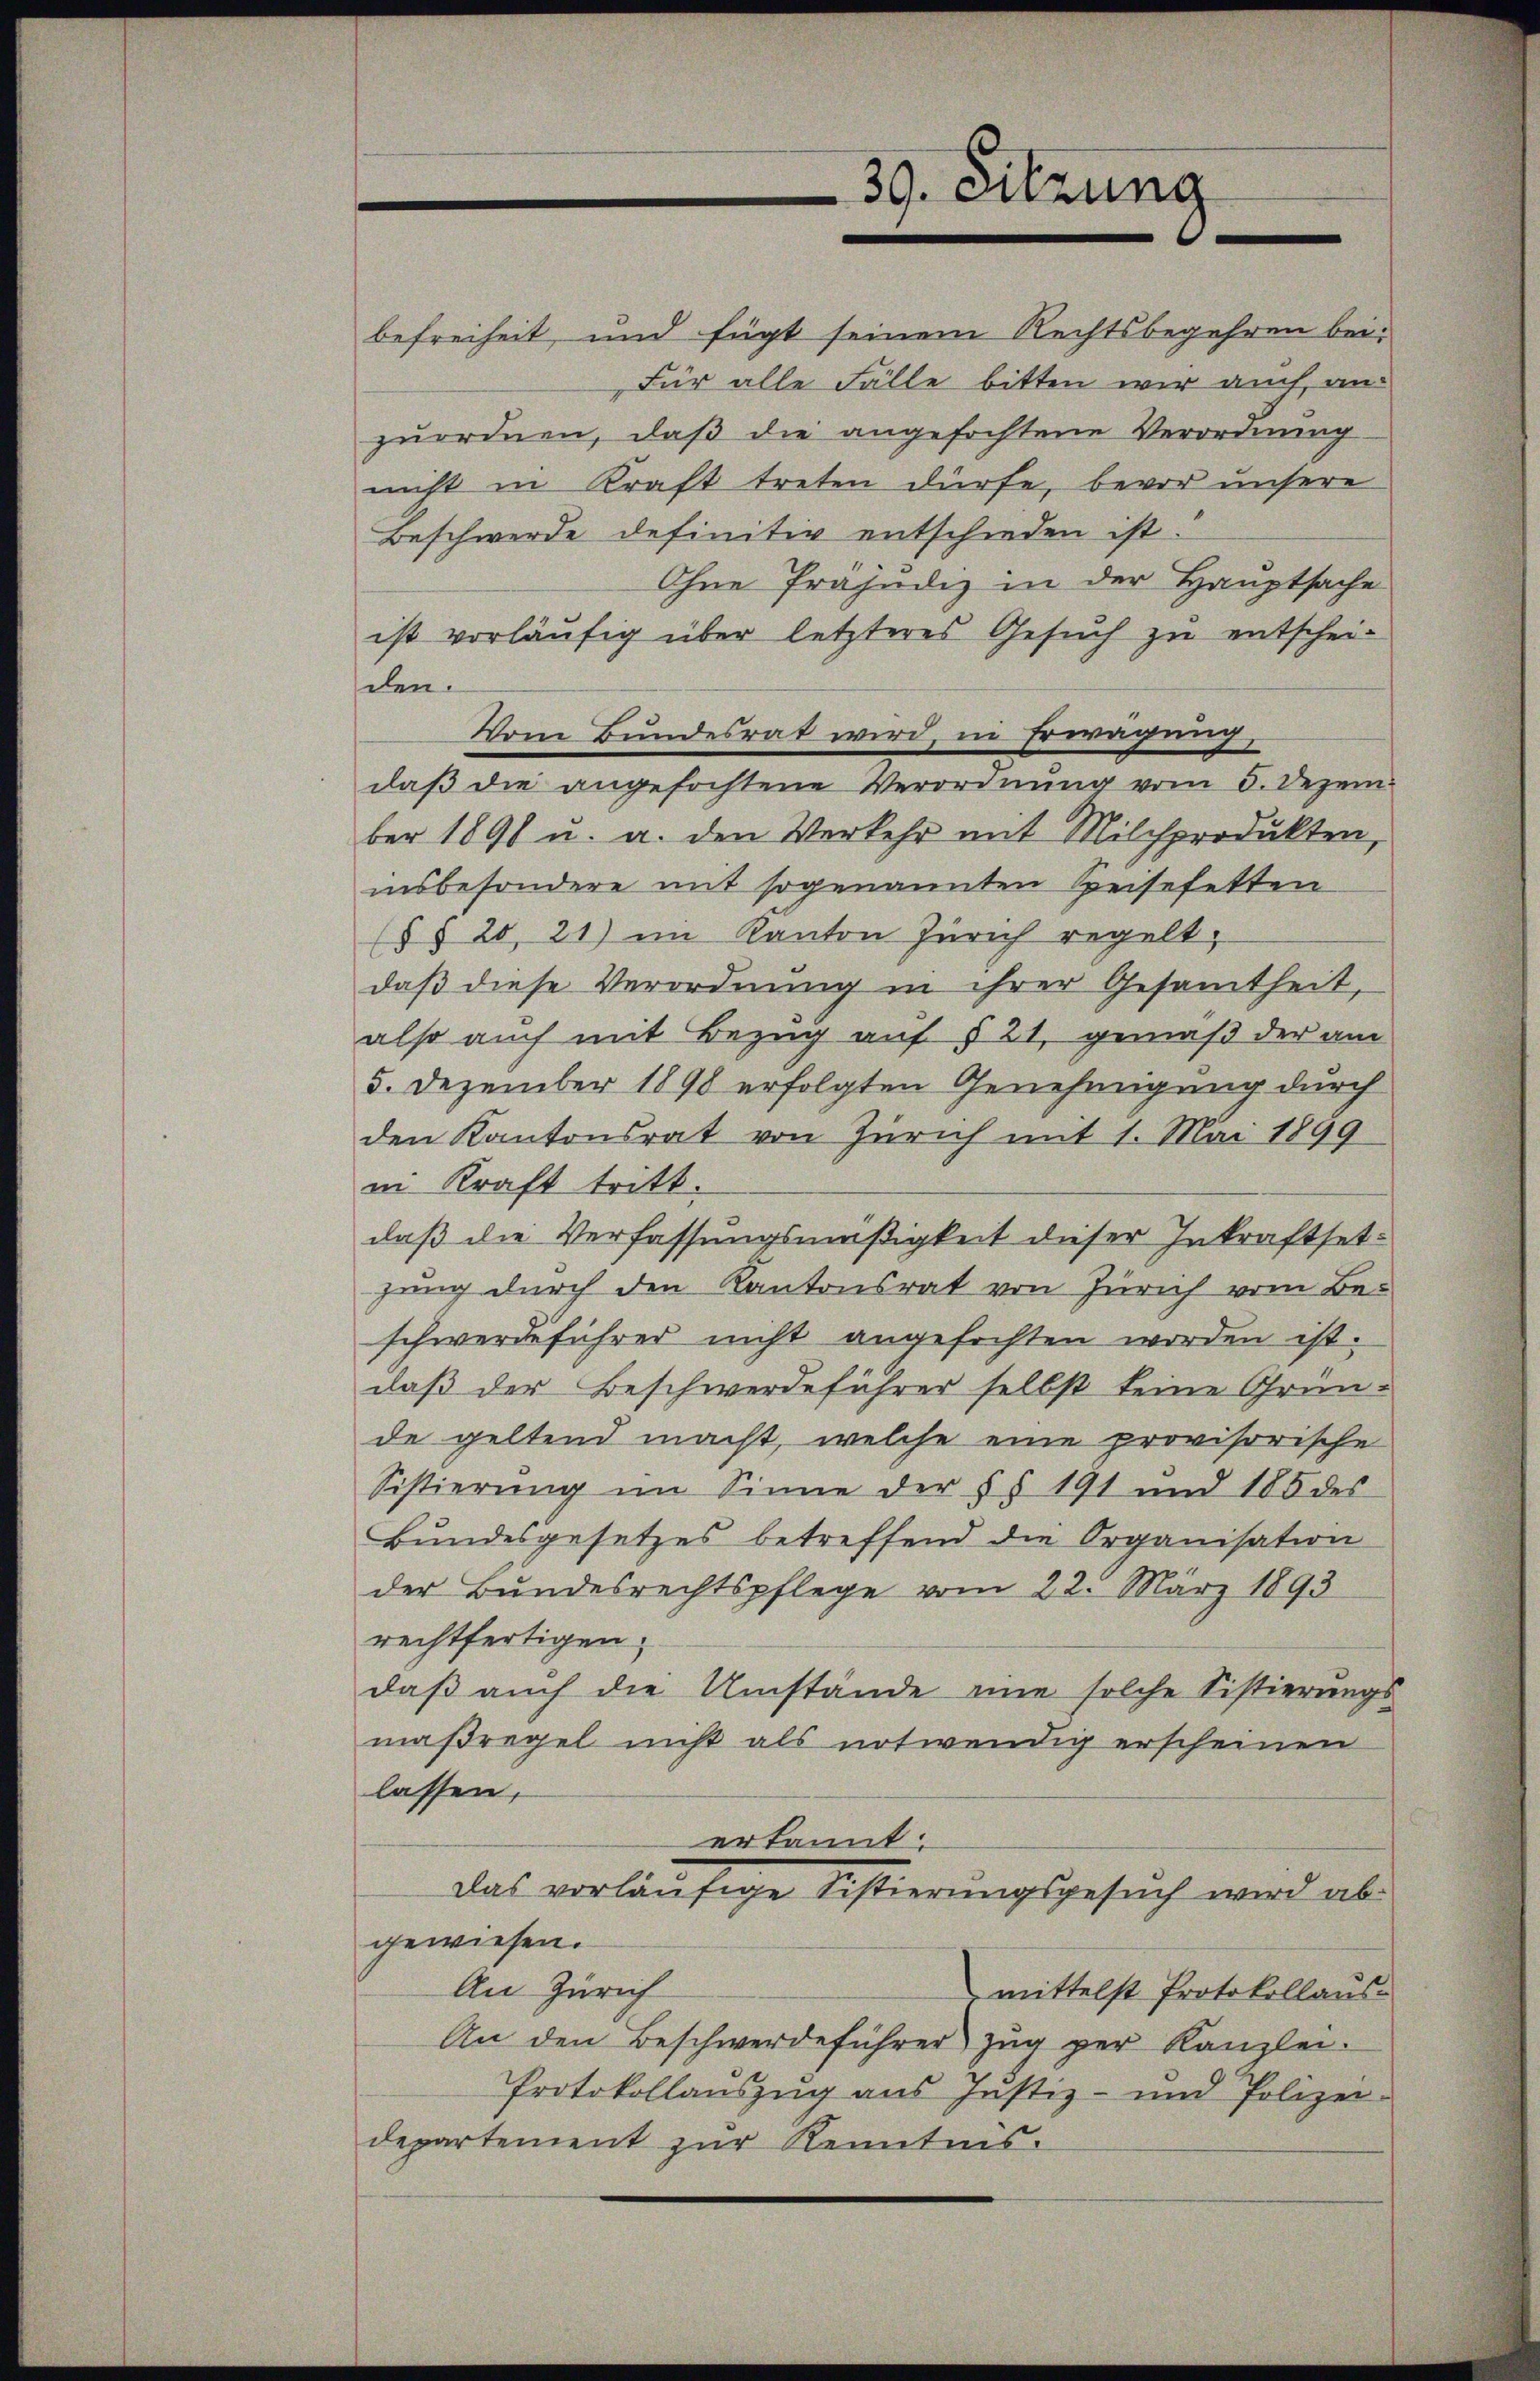
39. Sitzung

befreiheit, und fügt seinem Rechtsbegehren bei¬
Für alle Fälle bitten wir auch anzuordnen, daß die angefochtene Verordnung
nicht in Kraft treten dürfe, bevor unsere
Beschwerde definitiv entschieden ist.
Ohne Präjudiz in der Hauptsache
ist vorläufig über letzteres Gesuch zu entscheiden.
Vom Bundesrat wird, in Erwägung,
daβ die angefochtene Verordnŭng vom 5. Dezember 1891 u. a. den Verkehr mit Milchprodukten,
insbesondere mit sogenannten Reisefetten
(§§ 20, 21) im Kanton Zürich regelt,
daß diese Verordnung in ihrer Gesamtheit,
also auch mit Bezug auf § 21, gemäß der am
5. Dezember 1898 erfolgten Genehmigung durch
den Kantonsrat von Zürich mit 1. Mai 1899
in Kraft tritt.
daß die Verfassungsmäßigkeit dieser Inkraftsetgang durch den Kantonsrat von Zürich vom Be-
schwerdeführer nicht angefochten worden ist.
daß der Beschwerdeführer selbst keine Gründe geltend macht, welche eine provisorische
Sistierung im Sinne der §§ 191 und 185 des
Bundesgesetzes betreffend die Organisation
der Bundesrechtspflege vom 22. März 1893
rechtfertigen.
daß auch die Umstände eine solche Sistierungs-
maßregel nicht als notwendig erscheinen
lassen,
erkannt:
Das vorläufige Sistierungsgesuch wird ab
gewiesen.
An Zürich
mittelst Protokollaus-
An den Beschwerdeführer Zŭg per Kanzlei.
Protokollauszug aus Justiz- und Polizei.
departement zur Kenntnis.